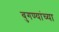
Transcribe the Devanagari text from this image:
बुगण्यांच्या